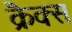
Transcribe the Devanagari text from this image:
क्रैक्स